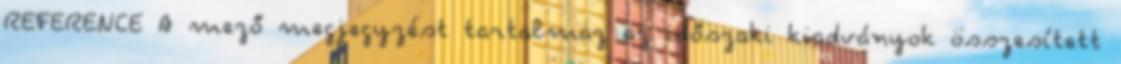
REFERENCE A mező megjegyzést tartalmaz az időszaki kiadványok összesített